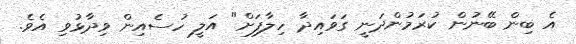
އެ ބިން ބޭނުން ކުރަމުންދަނީ ގަވައިދާ ހިލާފަށް" އަލީ ހުސެއިން ވިދާޅުވި އެވެ.